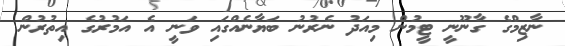
ނާޒިމްގެ ގާނޫނީ ޓީމުން މިއަދު ނެރުނު ބަޔާނެއްގައި ވަނީ އެ އަމުރުގެ އިތުރުން